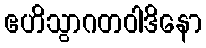
ဧဟိသွာဂတဝါဒိနော